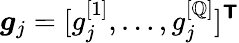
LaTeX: \boldsymbol{g}_{j}=[g_{j}^{[1]},\ldots,g_{j}^{[\mathbb{Q}]}]^{\boldsymbol{\mathsf{{T}}}}